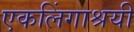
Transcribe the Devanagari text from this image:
एकलिंगाश्रयी